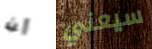
أن سيعني